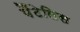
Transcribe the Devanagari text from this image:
पैंटेलिस